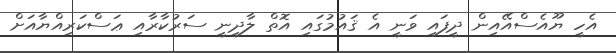
އެހީ ޔޫއެސްއޭއިން ދީފައި ވަނީ އެ ޤައުމުގައި އޮތް ލާދީނީ ސަރުކާރާއި ޢަސްކަރިއްޔާއަށް